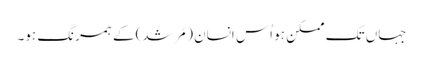
جہاں تک ممکن ہو اُس انسان (مُرشد) کے ہمرنگ ہو۔